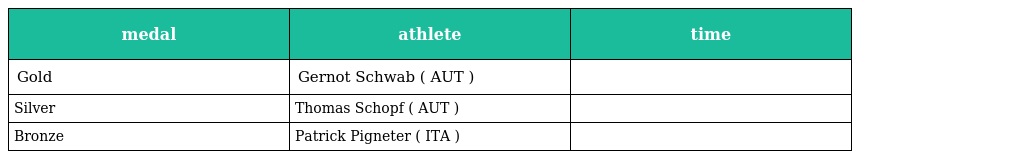
| medal | athlete | time |
 | --- | --- | --- |
 | Gold | Gernot Schwab ( AUT ) |  |
 | Silver | Thomas Schopf ( AUT ) |  |
 | Bronze | Patrick Pigneter ( ITA ) |  |